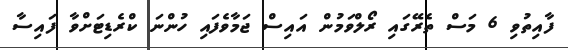
ފާއިތުވި 6 މަސް ތެރޭގައި ރޯލްވަމުން އައިސް ޖަމާވެފައި ހުންނަ ކްރެޑިޓަށްވާ ފައިސާ